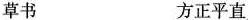
草书 方正平直